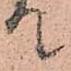
て